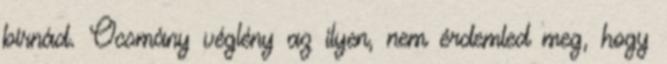
bírnád. Ocsmány véglény az ilyen, nem érdemled meg, hogy